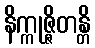
နိက္ကုဇ္ဇိတန္တိ